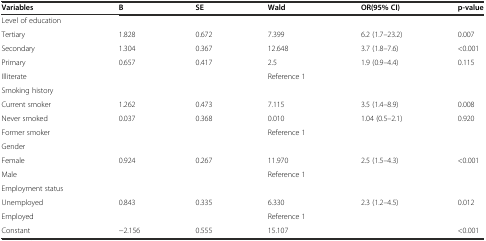
<table><thead><tr><td><b>Variables</b></td><td><b>B</b></td><td><b>SE</b></td><td><b>Wald</b></td><td><b>OR(95% CI)</b></td><td><b>p-value</b></td></tr></thead><tbody><tr><td colspan="6">Level of education</td></tr><tr><td>Tertiary</td><td>1.828</td><td>0.672</td><td>7.399</td><td>6.2 (1.7–23.2)</td><td>0.007</td></tr><tr><td>Secondary</td><td>1.304</td><td>0.367</td><td>12.648</td><td>3.7 (1.8–7.6)</td><td>&lt;0.001</td></tr><tr><td>Primary</td><td>0.657</td><td>0.417</td><td>2.5</td><td>1.9 (0.9–4.4)</td><td>0.115</td></tr><tr><td>Illiterate</td><td>[EMPTY_CELL]</td><td>[EMPTY_CELL]</td><td>Reference 1</td><td>[EMPTY_CELL]</td><td>[EMPTY_CELL]</td></tr><tr><td colspan="6">Smoking history</td></tr><tr><td>Current smoker</td><td>1.262</td><td>0.473</td><td>7.115</td><td>3.5 (1.4–8.9)</td><td>0.008</td></tr><tr><td>Never smoked</td><td>0.037</td><td>0.368</td><td>0.010</td><td>1.04 (0.5–2.1)</td><td>0.920</td></tr><tr><td>Former smoker</td><td>[EMPTY_CELL]</td><td>[EMPTY_CELL]</td><td>Reference 1</td><td>[EMPTY_CELL]</td><td>[EMPTY_CELL]</td></tr><tr><td colspan="6">Gender</td></tr><tr><td>Female</td><td>0.924</td><td>0.267</td><td>11.970</td><td>2.5 (1.5–4.3)</td><td>&lt;0.001</td></tr><tr><td>Male</td><td>[EMPTY_CELL]</td><td>[EMPTY_CELL]</td><td>Reference 1</td><td>[EMPTY_CELL]</td><td>[EMPTY_CELL]</td></tr><tr><td>Employment status</td><td>[EMPTY_CELL]</td><td>[EMPTY_CELL]</td><td>[EMPTY_CELL]</td><td>[EMPTY_CELL]</td><td>[EMPTY_CELL]</td></tr><tr><td>Unemployed</td><td>0.843</td><td>0.335</td><td>6.330</td><td>2.3 (1.2–4.5)</td><td>0.012</td></tr><tr><td>Employed</td><td>[EMPTY_CELL]</td><td>[EMPTY_CELL]</td><td>Reference 1</td><td>[EMPTY_CELL]</td><td>[EMPTY_CELL]</td></tr><tr><td>Constant</td><td>−2.156</td><td>0.555</td><td>15.107</td><td>[EMPTY_CELL]</td><td>&lt;0.001</td></tr></tbody></table>